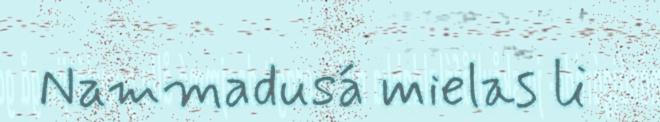
Nammadusá mielas li